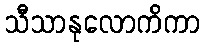
သီသာနုလောကိကာ